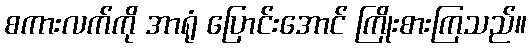
စကားလက်ကို အာရုံ ပြောင်းအောင် ကြိုးစားကြသည်။